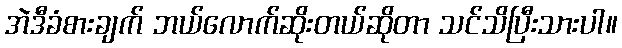
အဲဒီခံစားချက် ဘယ်လောက်ဆိုးတယ်ဆိုတာ သင်သိပြီးသားပါ။